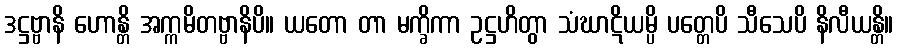
ဒဋ္ဌဗ္ဗာနိ ဟောန္တိ အက္ကမိတဗ္ဗာနိပိ။ ယတော တာ မက္ခိကာ ဥဋ္ဌဟိတွာ သံဃာဋိယမ္ပိ ပတ္တေပိ သီသေပိ နိလီယန္တိ။